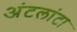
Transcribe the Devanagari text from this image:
अंटलांटा